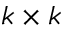
k \times k